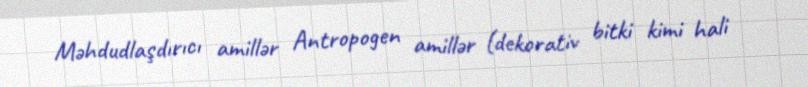
Məhdudlaşdırıcı amillər Antropogen amillər (dekorativ bitki kimi hali